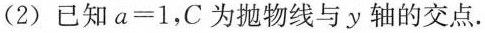
(2)已知$$a=1$$，C为抛物线与y轴的交点.